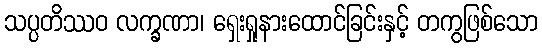
သပ္ပတိဿဝ လက္ခဏာ၊ ရှေးရှုနားထောင်ခြင်းနှင့် တကွဖြစ်သော